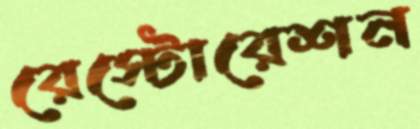
রেস্টোরেশন